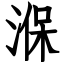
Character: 湺